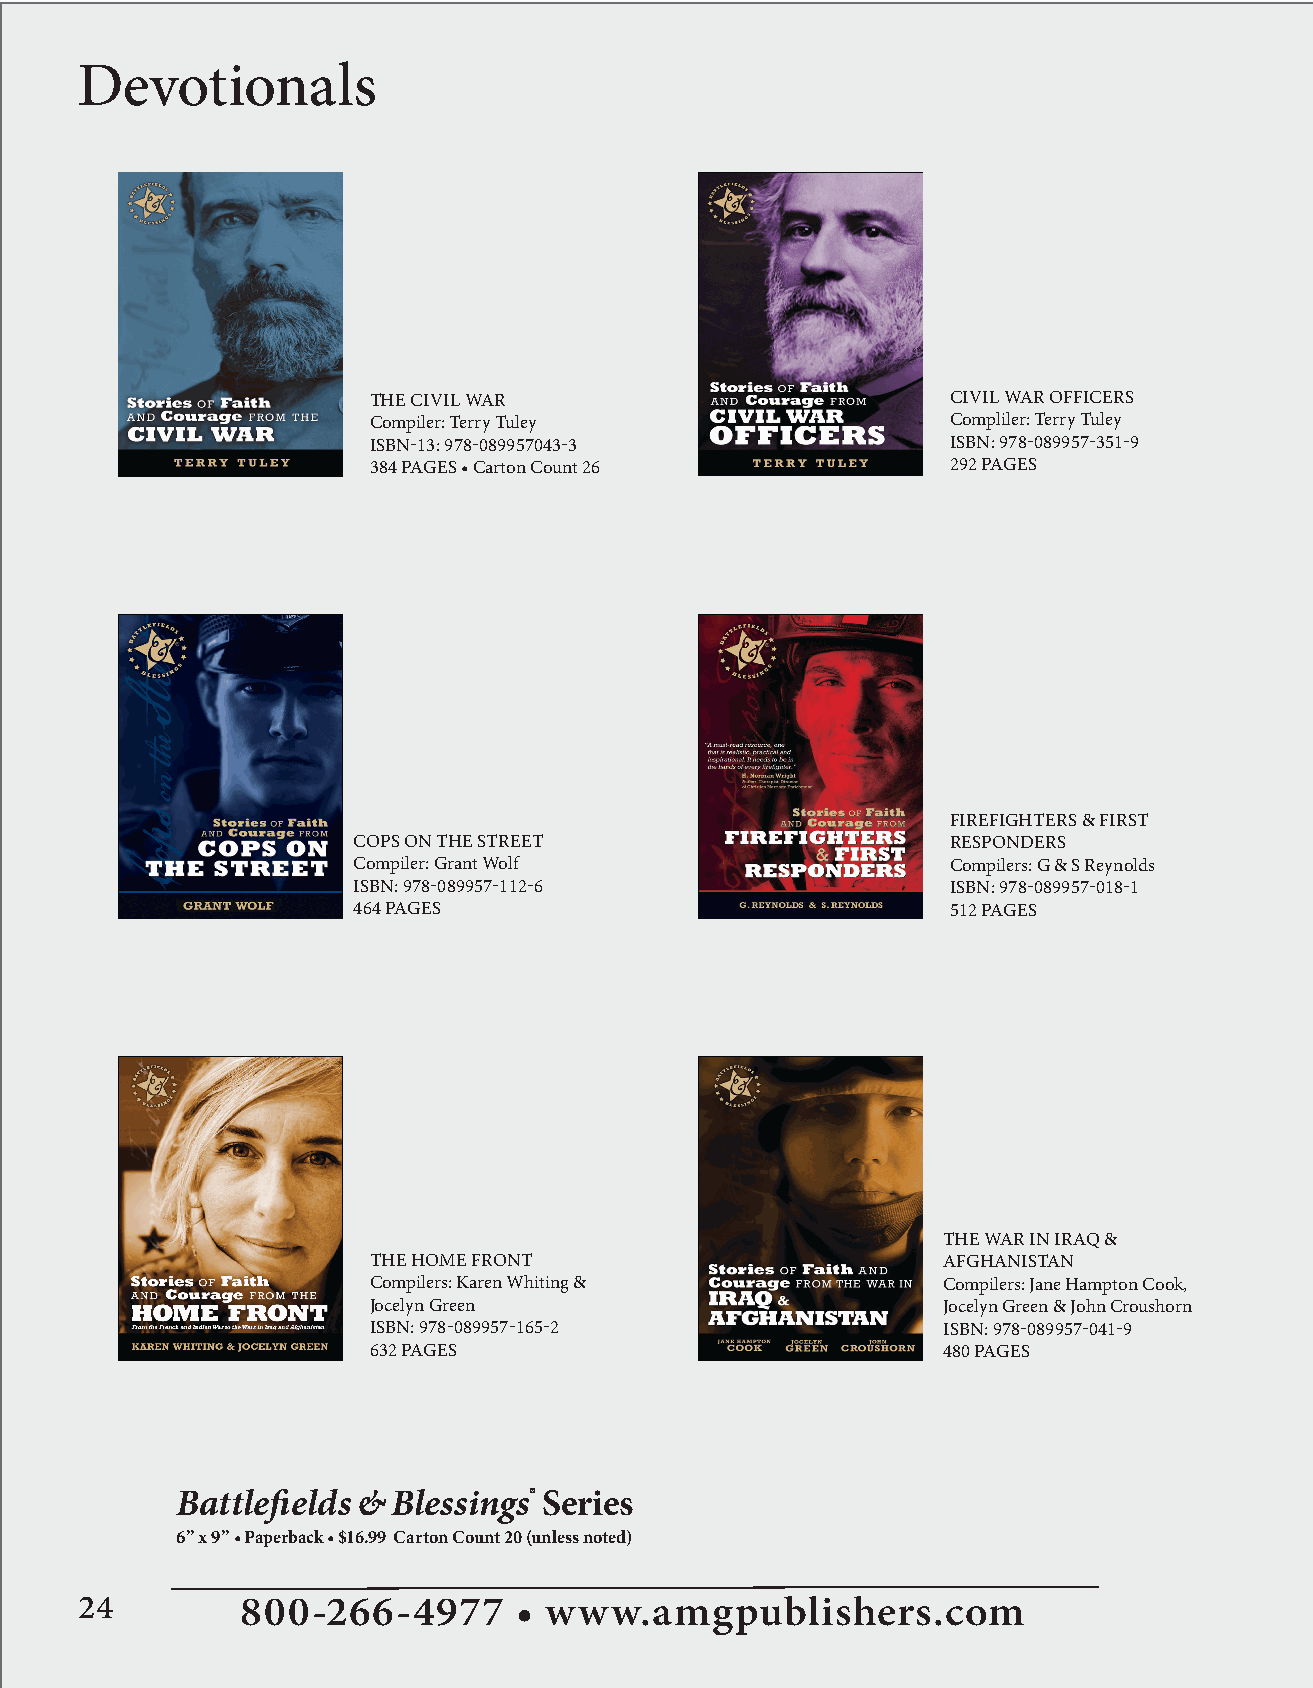
Devotionals
 THE CIVIL WAR                          CIVIL WAR OFFICERS
 Compiler: Terry Tuley                  Compliler: Terry Tuley
 ISBN-13: 978-089957043-3               ISBN: 978-089957-351-9
 384 PAGES • Carton Count 26            292 PAGES
 FIREFIGHTERS & FIRST
 COPS ON THE STREET                      RESPONDERS
 Compiler: Grant Wolf                    Compilers: G & S Reynolds
 ISBN: 978-089957-112-6                  ISBN: 978-089957-018-1
 464 PAGES                               512 PAGES
 THE WAR IN IRAQ &
 THE HOME FRONT                        AFGHANISTAN
 Compilers: Karen Whiting &            Compilers: Jane Hampton Cook,
 Jocelyn Green                         Jocelyn Green & John Croushorn
 ISBN: 978-089957-165-2                ISBN: 978-089957-041-9
 632 PAGES                             480 PAGES
 Battlefi elds & Blessings® Series
 6” x 9” • Paperback • $16.99 Carton Count 20 (unless noted)
 24         800-266-4977      • www.amgpublishers.com